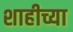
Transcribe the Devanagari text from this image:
शाहीच्या